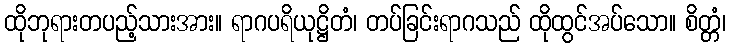
ထိုဘုရားတပည့်သားအား။ ရာဂပရိယုဋ္ဌိတံ၊ တပ်ခြင်းရာဂသည် ထိုထွင်အပ်သော။ စိတ္တံ၊